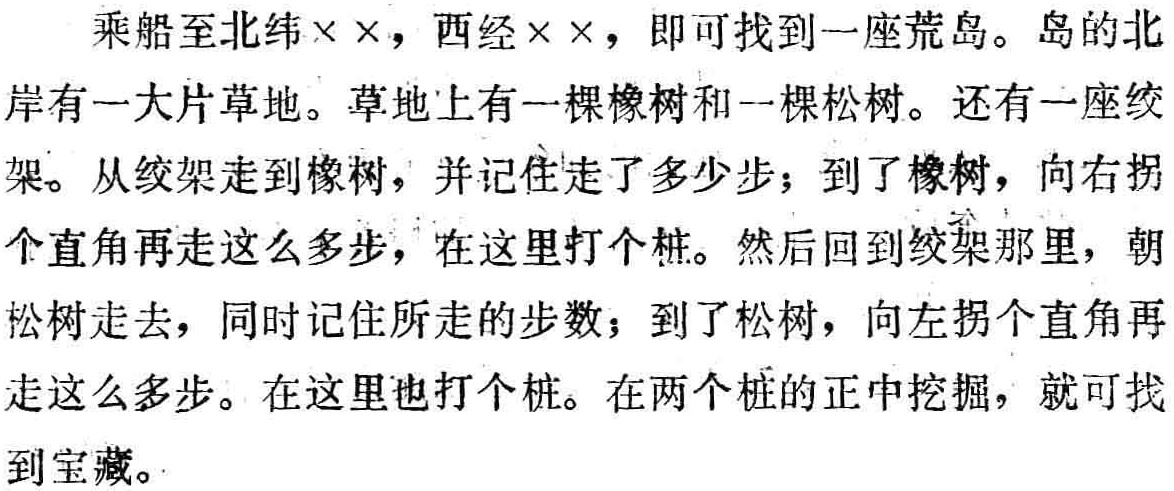
乘船至北纬××，西经××，即可找到一座荒岛。岛的北岸有一大片草地。草地上有一棵橡树和一棵松树。还有一座绞架。从绞架走到橡树，并记住走了多少步；到了橡树，向右拐个直角再走这么多步，在这里打个桩。然后回到绞架那里，朝松树走去，同时记住所走的步数；到了松树，向左拐个直角再走这么多步。在这里也打个桩。在两个桩的正中挖掘，就可找到宝藏。